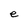
Character: e